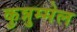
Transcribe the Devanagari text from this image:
कुन्नुम्मेल